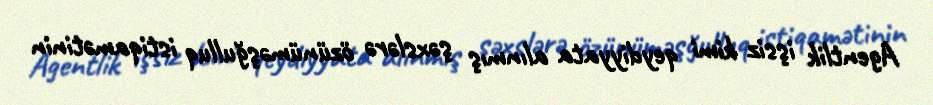
Agentlik işsiz kimi qeydiyyata alınmış şəxslərə özünüməşğulluq istiqamətinin